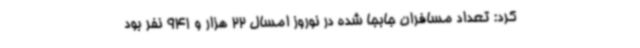
کرد: تعداد مسافران جابجا شده در نوروز امسال 22 هزار و 941 نفر بود